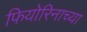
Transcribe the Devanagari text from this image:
फियोरिनाच्या